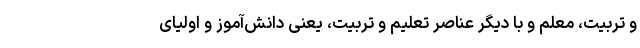
و تربیت، معلم و با دیگر عناصر تعلیم و تربیت، یعنی دانش‌آموز و اولیای